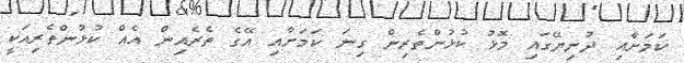
ކަމަށާއި ދުނިޔޭގައި މޮޅު ކުޅުންތެރިން ގިނަ ކަމަށާއި އޭގެ ތެރެއިން އެއް ކުޅުންތެރިއަކީ